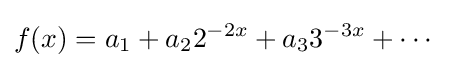
f(x)=a_{1}+a_{2}2^{-2x}+a_{3}3^{-3x}+\cdots